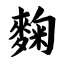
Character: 麴